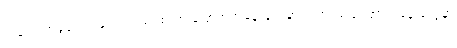
အသေးအဖွဲတွေပဲဖြစ်ပါတယ်၊ စကားပြောတဲ့အခန်းတွေမှာ ပါးစပ်မလှုပ်တာကနေ တွေမှာ